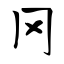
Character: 冈